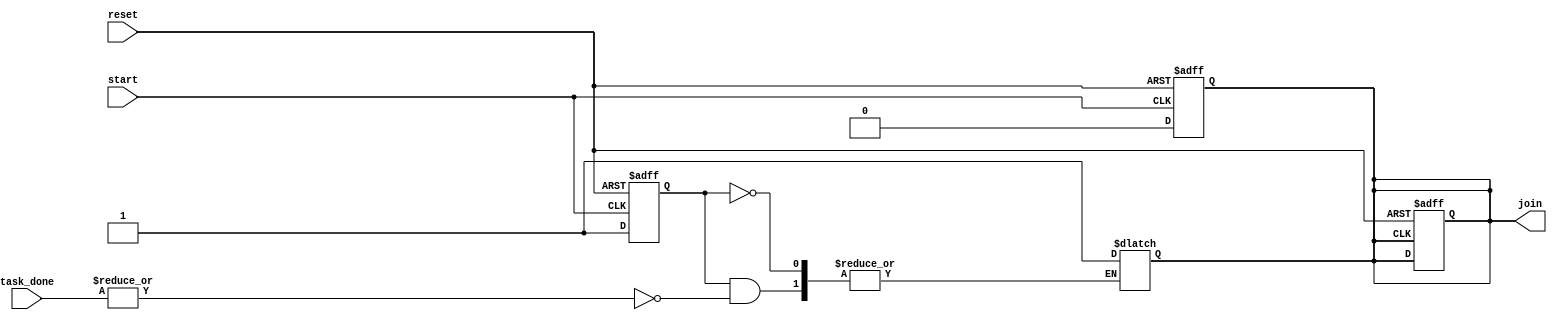
module Fork_Join_Any #(
    parameter NUM_TASKS = 4 // Number of concurrent tasks
)(
    input wire start,                           // Start signal to initiate the tasks
    input wire [NUM_TASKS-1:0] task_done,      // Task completion signals
    input wire reset,                           // Reset signal
    output reg join                             // Join signal indicating at least one task completion
);

    // State to track if the fork has been initiated
    reg forked;

    // Sequential logic to handle the behavior of the Fork-Join Any block
    always @(posedge start or posedge reset) begin
        if (reset) begin
            join <= 0;          // Reset the join signal
            forked <= 0;        // Clear the forked state
        end else begin
            forked <= 1;        // Mark that tasks have been forked
            join <= 0;          // Ensure join is reset at the start
        end
    end

    // Monitor task completion signals
    always @(task_done) begin
        if (forked) begin
            // If any task is completed, assert the join signal
            if (|task_done) begin
                join <= 1;      // Any task completed, assert join signal
            end
        end
    end

    // Optional: Handle the join signal reset when all tasks can be considered complete
    always @(posedge join or posedge reset) begin
        if (reset) begin
            join <= 0;          // Reset the join signal if needed
        end else begin
            // Optionally add conditions to clear join after tasks are completed
            // e.g., wait until all task_done signals are low
        end
    end

endmodule